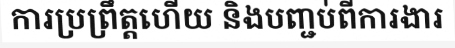
ការប្រព្រឹត្តហើយ និងបញ្ជប់ពីការងារ